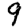
Digit: 9